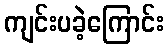
ကျင်းပခဲ့ကြောင်း